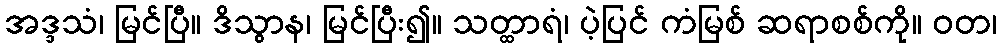
အဒ္ဒသံ၊ မြင်ပြီ။ ဒိသွာန၊ မြင်ပြီး၍။ သတ္ထာရံ၊ ပဲ့ပြင် ကံမြစ် ဆရာစစ်ကို။ ဝတ၊